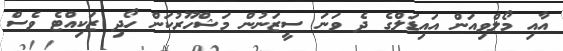
އާއި މޯލްވިއަން އައިޑަލްގެ ދެ ވަނަ ސީޒަނުން މަޝްހޫރުކަން ހޯދި ޒަކިއްޓެ ވެސް